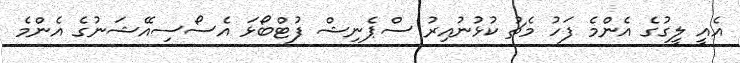
އެއީ ލީގުގެ އެންމެ ފަހު މެޗު ކުޅުނުއިރު ސްޕެނިޝް ފުޓްބޯޅަ އެސޯސިއޭޝަނުގެ އެންމެ